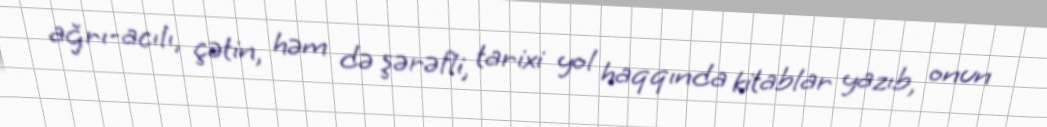
ağrı-acılı, çətin, həm də şərəfli, tarixi yol haqqında kitablar yazıb, onun